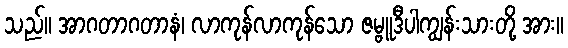
သည်။ အာဂတာဂတာနံ၊ လာကုန်လာကုန်သော ဇမ္ဗူဒီပါကျွန်းသားတို့ အား။